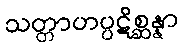
သတ္တာဟပ္ပဋိစ္ဆန္နာ